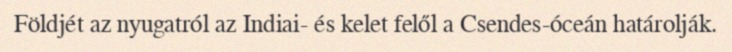
Földjét az nyugatról az Indiai- és kelet felől a Csendes-óceán határolják.